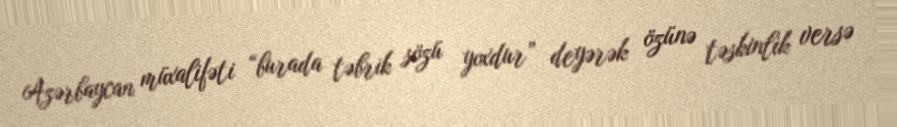
Azərbaycan müxalifəti “burada təbrik sözü yoxdur” deyərək özünə təskinlik versə